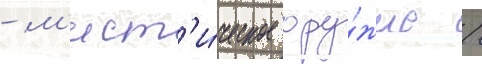
- м'ист'и́ческое ору́жие /